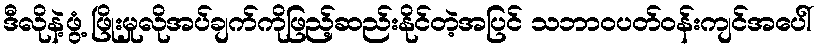
ဒီလိုနဲ့ဖွံ့ ဖြိုးမှုလိုအပ်ချက်ကိုဖြည့်ဆည်းနိုင်တဲ့အပြင် သဘာဝပတ်ဝန်းကျင်အပေါ်